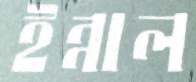
ইন্নাল